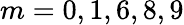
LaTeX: m={0,1,6,8,9}